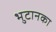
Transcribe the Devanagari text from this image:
भुटानका